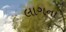
લાગના